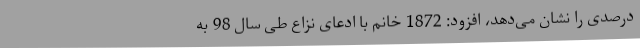
درصدی را نشان می‌دهد، افزود: 1872 خانم با ادعای نزاع طی سال 98 به